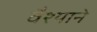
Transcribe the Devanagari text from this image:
वैश्याने